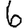
Digit: 6